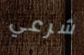
شرعي